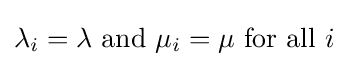
\lambda _{i}=\lambda {\text{ and }}\mu _{i}=\mu {\text{ for all }}i